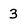
Character: 3